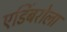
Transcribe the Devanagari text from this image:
एडिंबरोला